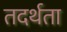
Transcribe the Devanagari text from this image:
तदर्थता